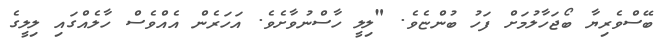
ބޭސްވެރިޔާ ބޯޖަހާލުމަށް ފަހު ބުންޏެވެ. "ލިލީ ހާސްނުވާށެވެ. އަހަރެން އެއްވެސް ހާލެއްގައި ލިލީގެ